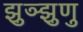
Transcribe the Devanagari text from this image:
झुञ्झुणु